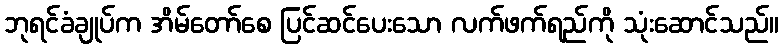
ဘုရင်ခံချုပ်က အိမ်တော်စေ ပြင်ဆင်ပေးသော လက်ဖက်ရည်ကို သုံးဆောင်သည်။